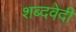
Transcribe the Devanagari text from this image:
शब्दवेदी